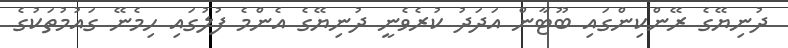
ދުނިޔޭގެ ރޭންކިންގައި ބޫޓާން އަދަދު ކުރެވެނީ ދުނިޔޭގެ އެންމެ ފުލުގައި ހިމެނޭ ގައުމުތަކުގެ